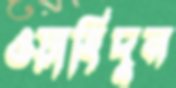
ওয়াহিদুন